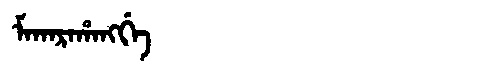
Manchu: ᠮᠠᡴᠠᡵᠠᡥᠠᠩᡤᡝ
Romanization: MAKARAHANGGE